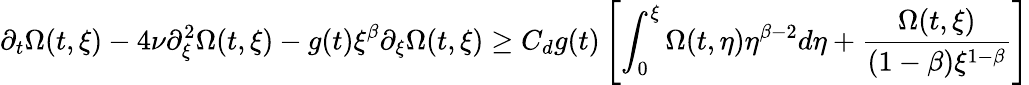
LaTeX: \partial_{t}\Omega(t,\xi)-4\nu\partial_{\xi}^{2}\Omega(t,\xi)-g(t)\xi^{\beta}\partial_{\xi}\Omega(t,\xi)\geq C_{d}g(t)\left[\int_{0}^{\xi}\Omega(t,\eta)\eta^{\beta-2}d\eta+\frac{\Omega(t,\xi)}{(1-\beta)\xi^{1-\beta}}\right]